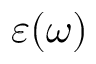
\varepsilon ( \omega )